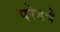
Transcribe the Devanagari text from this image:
परेडचे